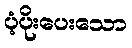
ပံ့ပိုးပေးသော